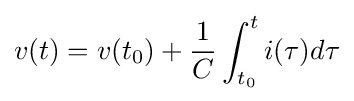
v(t)=v(t_{0})+{\frac {1}{C}}\int _{t_{0}}^{t}i(\tau )d\tau